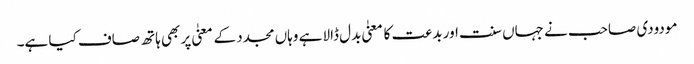
مودودی صاحب نے جہاں سنت اور بدعت کا معنیٰ بدل ڈالا ہے وہاں مجدد کے معنیٰ پر بھی ہاتھ صاف کیا ہے۔